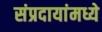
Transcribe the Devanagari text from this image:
संप्रदायांमध्ये